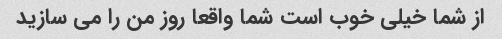
از شما خیلی خوب است شما واقعا روز من را می سازید